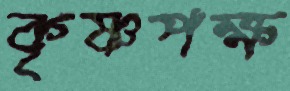
কৃষ্ণপক্ষ